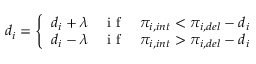
d _ { i } = \left\{ \begin{array} { l l } { d _ { i } + \lambda } & { \mathrm { ~ i ~ f ~ } \quad \pi _ { i , i n t } < \pi _ { i , d e l } - d _ { i } } \\ { d _ { i } - \lambda } & { \mathrm { ~ i ~ f ~ } \quad \pi _ { i , i n t } > \pi _ { i , d e l } - d _ { i } } \end{array} \right.